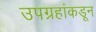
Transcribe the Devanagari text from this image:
उपग्रहांकडून